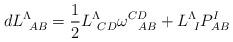
LaTeX: \begin{align*}dL^\Lambda_{\ AB} = {1 \over 2}L^\Lambda_{\ CD} \omega^{CD}_{\ \ AB} +L^\Lambda_{\ I} P^I_{AB}\end{align*}